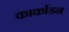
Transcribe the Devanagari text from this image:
कार्काडन